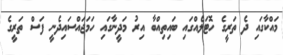
މައްކާގައި ދެ ތަރީގެ ހޮޓަލެއްގައި ބައިތިއްބާ އިރު މަދީނާގައި ހަމަޖައްސައިދެނީ ފަސް ތަރީގެ